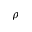
\rho